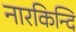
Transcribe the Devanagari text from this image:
नारकिन्दि